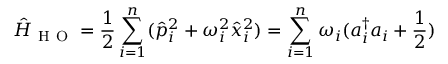
\hat { H } _ { \mathrm { ~ H ~ O ~ } } = \frac { 1 } { 2 } \sum _ { i = 1 } ^ { n } ( \hat { p } _ { i } ^ { 2 } + \omega _ { i } ^ { 2 } \hat { x } _ { i } ^ { 2 } ) = \sum _ { i = 1 } ^ { n } \omega _ { i } ( a _ { i } ^ { \dagger } a _ { i } + \frac { 1 } { 2 } )